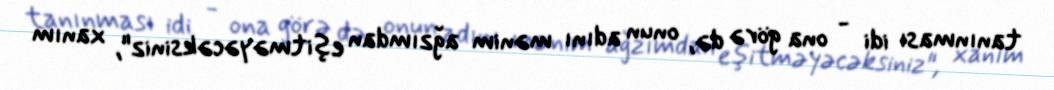
tanınması idi - ona görə də, onun adını mənim ağzımdan eşitməyəcəksiniz", xanım